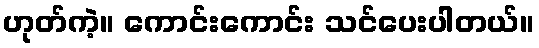
ဟုတ်ကဲ့။ ကောင်းကောင်း သင်ပေးပါတယ်။